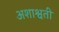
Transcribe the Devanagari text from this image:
अशाश्वती